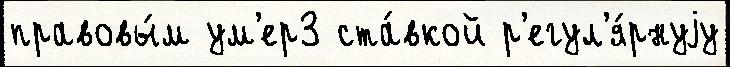
правовы́м ум'ер3 ста́вкой р'егул'я́рнуjу